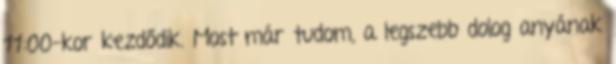
11:00-kor kezdődik. Most már tudom, a legszebb dolog anyának